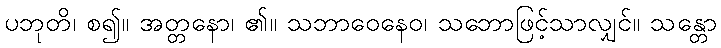
ပဘုတိ၊ စ၍။ အတ္တနော၊ ၏။ သဘာဝေနေဝ၊ သဘောဖြင့်သာလျှင်။ သန္တော